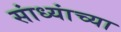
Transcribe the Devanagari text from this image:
सांध्यांच्या